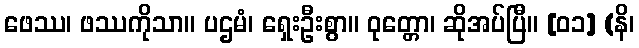
ဖေဿ၊ ဖဿကိုသာ။ ပဌမံ၊ ရှေးဦးစွာ။ ဝုတ္တော၊ ဆိုအပ်ပြီ။ [၀၁] (နိ၊